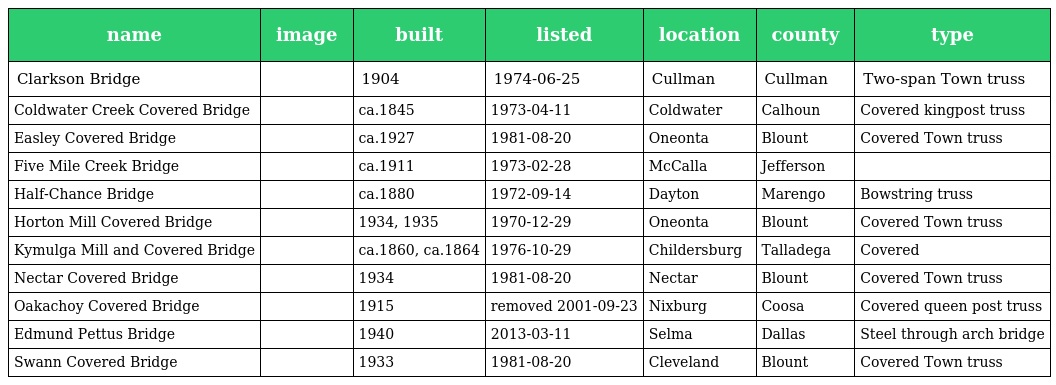
| name | image | built | listed | location | county | type |
 | --- | --- | --- | --- | --- | --- | --- |
 | Clarkson Bridge |  | 1904 | 1974-06-25 | Cullman | Cullman | Two-span Town truss |
 | Coldwater Creek Covered Bridge |  | ca.1845 | 1973-04-11 | Coldwater | Calhoun | Covered kingpost truss |
 | Easley Covered Bridge |  | ca.1927 | 1981-08-20 | Oneonta | Blount | Covered Town truss |
 | Five Mile Creek Bridge |  | ca.1911 | 1973-02-28 | McCalla | Jefferson |  |
 | Half-Chance Bridge |  | ca.1880 | 1972-09-14 | Dayton | Marengo | Bowstring truss |
 | Horton Mill Covered Bridge |  | 1934, 1935 | 1970-12-29 | Oneonta | Blount | Covered Town truss |
 | Kymulga Mill and Covered Bridge |  | ca.1860, ca.1864 | 1976-10-29 | Childersburg | Talladega | Covered |
 | Nectar Covered Bridge |  | 1934 | 1981-08-20 | Nectar | Blount | Covered Town truss |
 | Oakachoy Covered Bridge |  | 1915 | removed 2001-09-23 | Nixburg | Coosa | Covered queen post truss |
 | Edmund Pettus Bridge |  | 1940 | 2013-03-11 | Selma | Dallas | Steel through arch bridge |
 | Swann Covered Bridge |  | 1933 | 1981-08-20 | Cleveland | Blount | Covered Town truss |